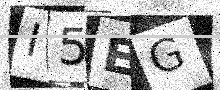
Text: I5EG